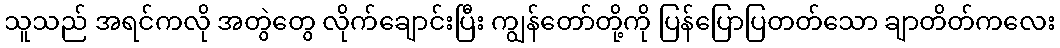
သူသည် အရင်ကလို အတွဲတွေ လိုက်ချောင်းပြီး ကျွန်တော်တို့ကို ပြန်ပြောပြတတ်သော ချာတိတ်ကလေး